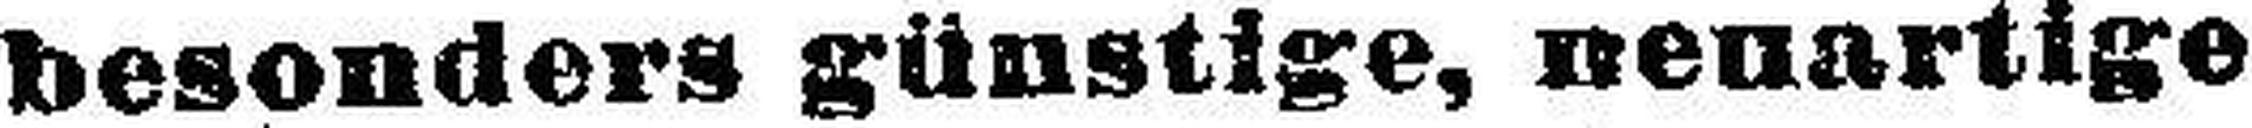
besonders günstige, neuartige